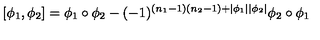
[ \phi _ { 1 } , \phi _ { 2 } ] = \phi _ { 1 } \circ \phi _ { 2 } - ( - 1 ) ^ { ( n _ { 1 } - 1 ) ( n _ { 2 } - 1 ) + | \phi _ { 1 } | | \phi _ { 2 } | } \phi _ { 2 } \circ \phi _ { 1 }